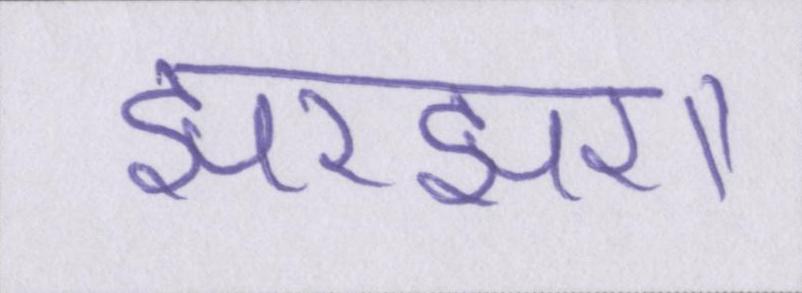
झरझरा